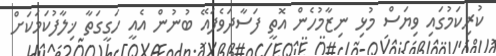
ކުރިކަމުގައި ވިޔަސް މުޅި ނިޒާމުހެން އޮތީ ފަސާދަވެފައޭ ބުނުން އެއީ ހަގީގަތާ ޚިލާފުކަމަކަށް